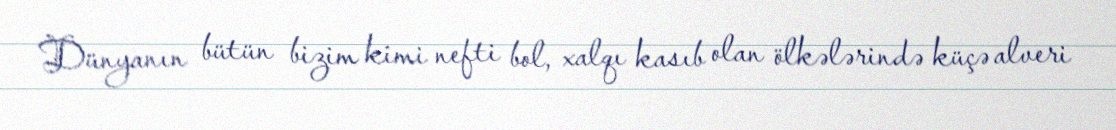
Dünyanın bütün bizim kimi nefti bol, xalqı kasıb olan ölkələrində küçə alveri